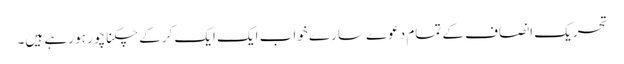
تحریک انصاف کے تمام دعوے سارے خواب ایک ایک کرکے چکنا چور ہو رہے ہیں۔